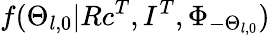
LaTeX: f(\Theta_{l,0}|Rc^{T},I^{T},\Phi_{-\Theta_{l,0}})